Indian journal of veterinary science and animal husbandry - Volumes 18-21, 1948-1951
Year: 1948
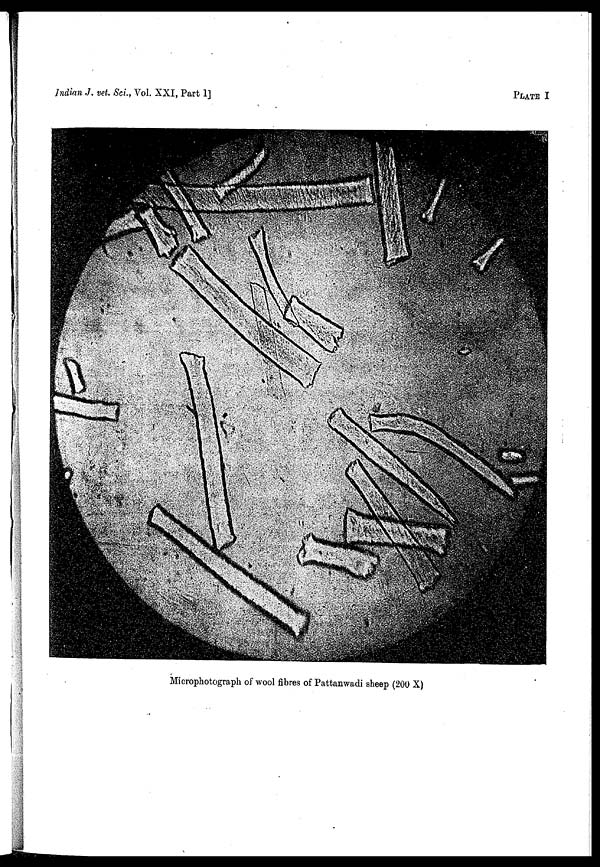
Indian J. vet. Sci., Vol. XXI, Part
I]
PLATE
I
Microphotograph of wool fibres of Pattanwadi sheep (200 X)